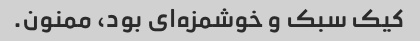
کیک سبک و خوشمزه‌ای بود، ممنون.